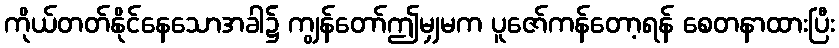
ကိုယ်တတ်နိုင်နေသောအခါ၌ ကျွန်တော်ဤမျှမက ပူဇော်ကန်တော့ရန် စေတနာထားပြီး